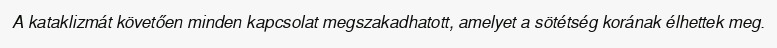
A kataklizmát követően minden kapcsolat megszakadhatott, amelyet a sötétség korának élhettek meg.